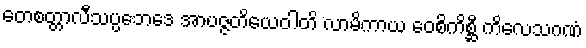
တေစတ္တာလီသပ္ပဘေဒေ အာပဇ္ဇတိယေဝါတိ လာမိကာယ ဝေစိကိစ္ဆီ ကိလေသဂဏံ